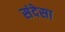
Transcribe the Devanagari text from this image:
संदेसा